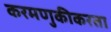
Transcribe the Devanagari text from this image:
करमणुकीकरता